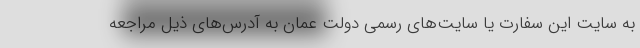
به سایت این سفارت یا سایت‌های رسمی دولت عمان به آدرس‌های ذیل مراجعه